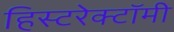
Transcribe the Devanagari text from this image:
हिस्टरेक्टॉमी